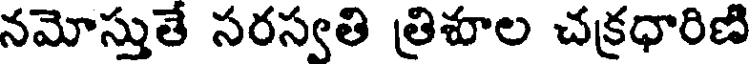
నమోస్తుతే సరస్వతి త్రిశూల చక్రధారిణి